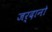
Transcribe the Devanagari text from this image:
जर्दानो